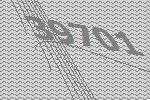
39701